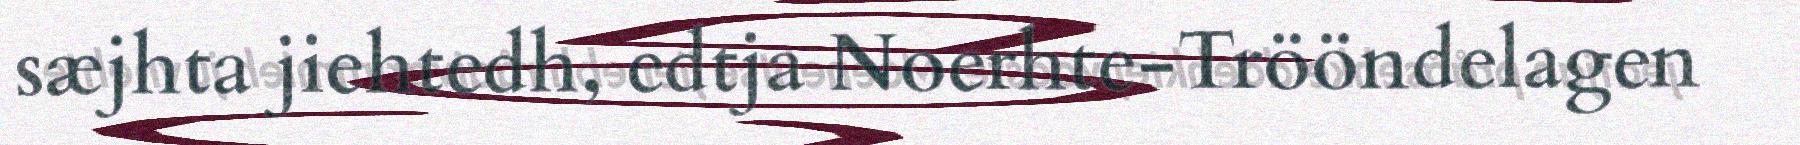
sæjhta jiehtedh, edtja Noerhte-Trööndelagen